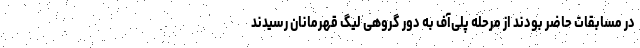
در مسابقات حاضر بودند از مرحله پلی‌آف به دور گروهی لیگ قهرمانان رسیدند